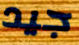
جيد